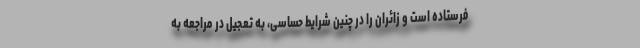
فرستاده است و زائران را در چنین شرایط حساسی، به تعجیل در مراجعه به